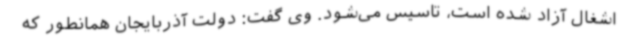
اشغال آزاد شده است، تاسیس می‌شود. وی گفت: دولت آذربایجان همانطور که